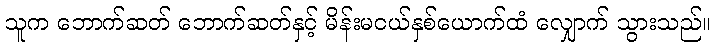
သူက ဘောက်ဆတ် ဘောက်ဆတ်နှင့် မိန်းမငယ်နှစ်ယောက်ထံ လျှောက် သွားသည်။